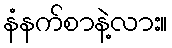
နံနက်စာနဲ့လား။